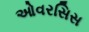
ઓવરસિસ